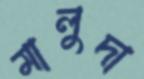
মালুদা